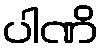
ပါဏိ